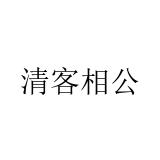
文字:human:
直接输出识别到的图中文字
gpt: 清客相公